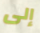
إلى